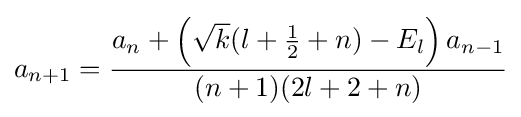
a_{n+1}={\frac {a_{n}+\left({\sqrt {k}}(l+{\frac {1}{2}}+n)-E_{l}\right)a_{n-1}}{(n+1)(2l+2+n)}}